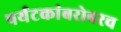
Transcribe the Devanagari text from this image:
पर्यटकांबरोबरच